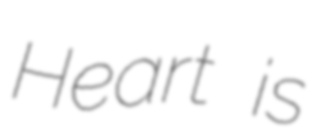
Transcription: Heart is